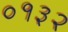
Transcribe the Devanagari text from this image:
०१३२